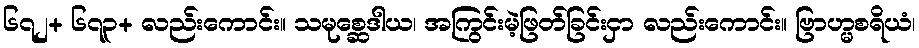
၆၇၂+ ၆၇၃+ လည်းကောင်း။ သမုစ္ဆေဒါယ၊ အကြွင်းမဲ့ဖြတ်ခြင်းငှာ လည်းကောင်း။ ဗြာဟ္မစရိယံ၊